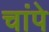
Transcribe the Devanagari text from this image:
चांपे